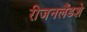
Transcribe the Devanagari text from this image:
रीजनलैंडशे